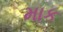
માક